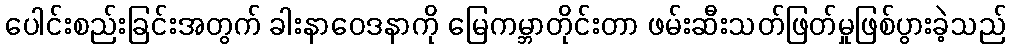
ပေါင်းစည်းခြင်းအတွက် ခါးနာဝေဒနာကို မြေကမ္ဘာတိုင်းတာ ဖမ်းဆီးသတ်ဖြတ်မှုဖြစ်ပွားခဲ့သည်